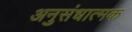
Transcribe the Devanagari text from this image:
अनुसंधात्मक